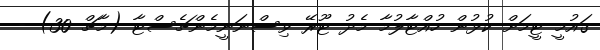
ގައުމީ ޓީމަށް ކުޅުން ހުއްޓާލުމާ މެދު ޓޫރޭ ވިސްނަނީމެންޗެސްޓާ (މާޗް 30) -